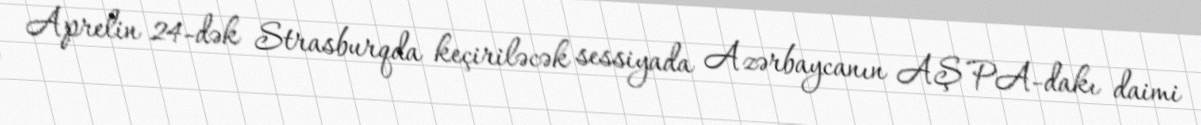
Aprelin 24-dək Strasburqda keçiriləcək sessiyada Azərbaycanın AŞ PA-dakı daimi